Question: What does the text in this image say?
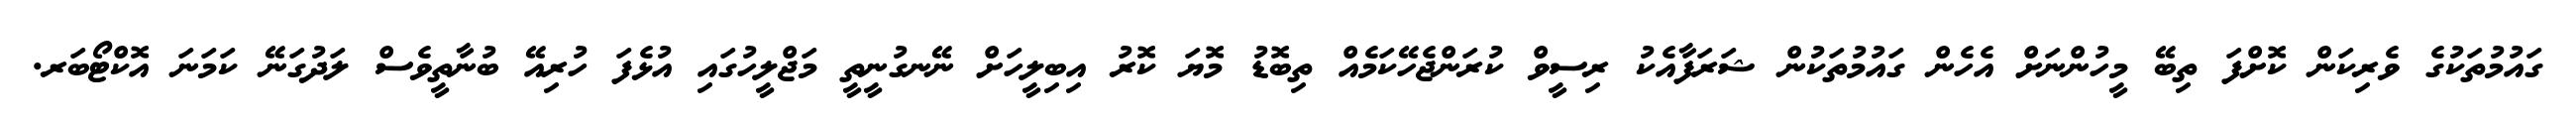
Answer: ގައުމުތަކުގެ ވެރިކަން ކޮށްފަ ތިބޭ މީހުންނަށް އެހެން ގައުމުތަކުން ޝަރަފާއެކު ރިސީވް ކުރަންޖެހޭކަމެއް ތިބޮޑު މޮޔަ ކޮރު އިބިލީހަށް ނޭނގުނީތީ މަޖްލީހުގައި އުޅެފަ ހުރިއޭ ބުނާތީވެސް ލަދުގަނޭ ކަމަނަ އޮކްޓޯބަރ.